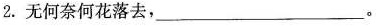
2.无何奈何花落去，___。